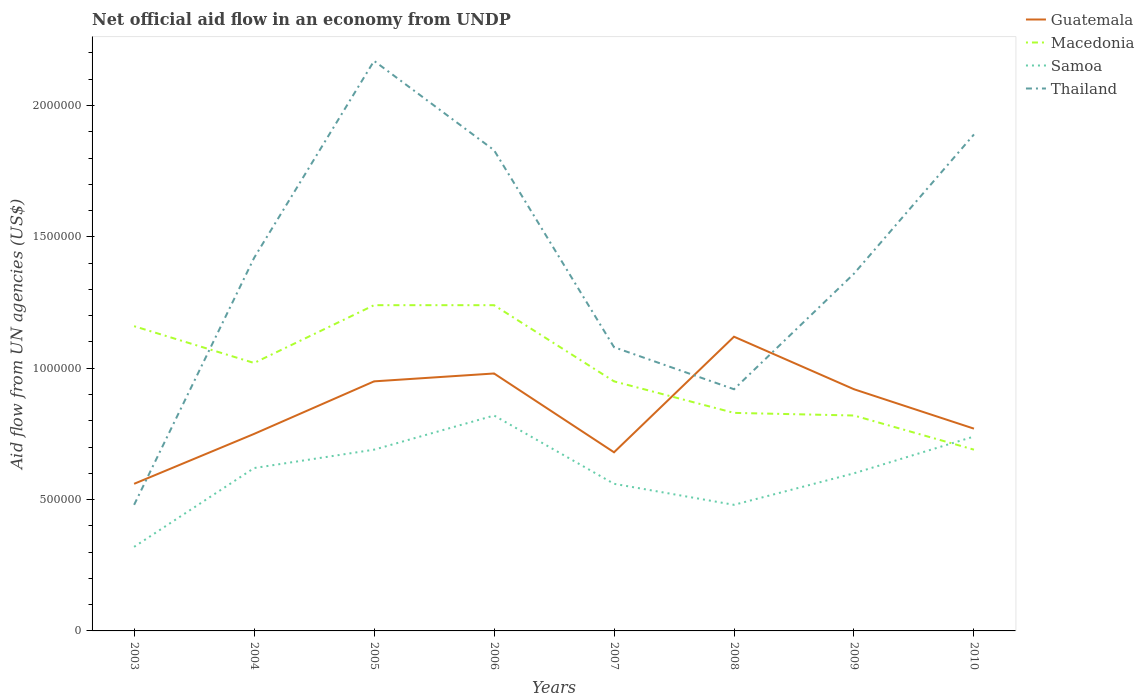
| Years | Guatemala | Macedonia | Samoa | Thailand |
 | --- | --- | --- | --- | --- |
 | 2003 | 5.6e+05 | 1.16e+06 | 3.2e+05 | 4.8e+05 |
 | 2004 | 7.5e+05 | 1.02e+06 | 6.2e+05 | 1.42e+06 |
 | 2005 | 9.5e+05 | 1.24e+06 | 6.9e+05 | 2.17e+06 |
 | 2006 | 9.8e+05 | 1.24e+06 | 8.2e+05 | 1.83e+06 |
 | 2007 | 6.8e+05 | 9.5e+05 | 5.6e+05 | 1.08e+06 |
 | 2008 | 1.12e+06 | 8.3e+05 | 4.8e+05 | 9.2e+05 |
 | 2009 | 9.2e+05 | 8.2e+05 | 6e+05 | 1.36e+06 |
 | 2010 | 7.7e+05 | 6.9e+05 | 7.4e+05 | 1.89e+06 |